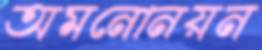
অমনোনয়ন